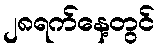
၂၈ရက်နေ့တွင်